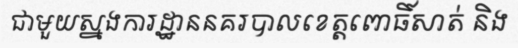
ជាមួយស្នងការដ្ឋាននគរបាលខេត្តពោធិ៍សាត់ និង